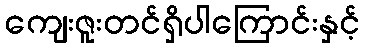
ကျေးဇူးတင်ရှိပါကြောင်းနှင့်